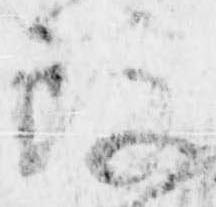
改